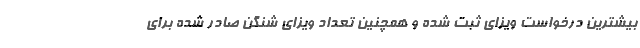
بیشترین درخواست ویزای ثبت شده و همچنین تعداد ویزای شنگن صادر شده برای